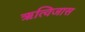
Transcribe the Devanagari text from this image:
ऋत्विजास